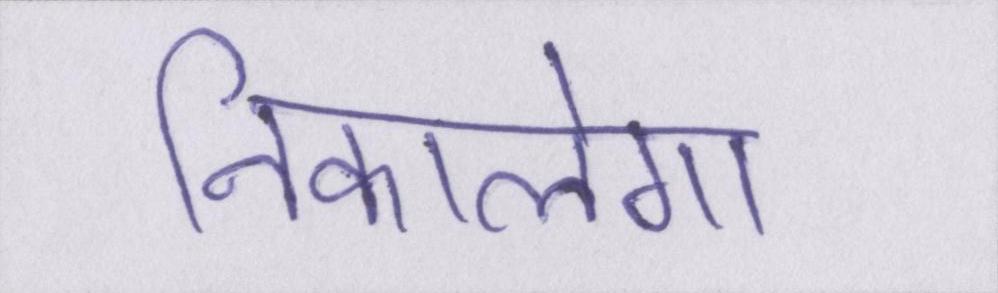
निकालेगा